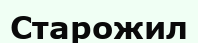
Старожил